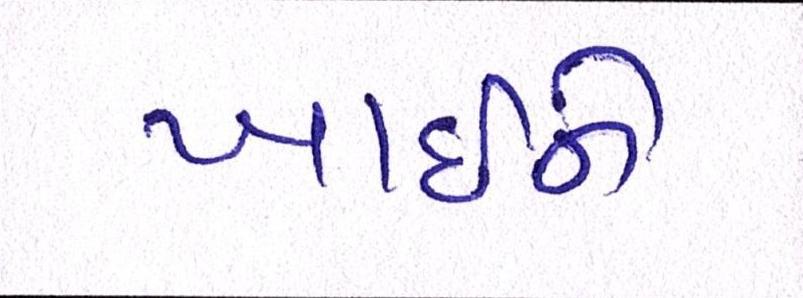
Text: ખાઇને